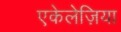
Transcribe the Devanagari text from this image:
एकेलेज़िया